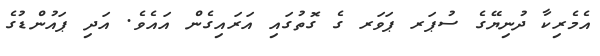
އެމެރިކާ ދުނިޔޭގެ ސުޕަރ ޕަވަރ ގެ ގޮތުގައި އަރައިގެން އައެވެ. އަދި ޕައުންޑުގެ